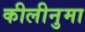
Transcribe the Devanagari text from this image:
कीलीनुमा